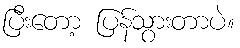
ပြီးတော့ ပြန်သွားတာပဲ။